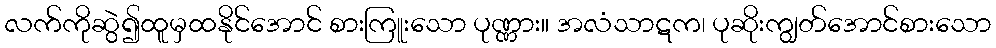
လက်ကိုဆွဲ၍ထူမှထနိုင်အောင် စားကြူးသော ပုဏ္ဏား။ အလံသာဋက၊ ပုဆိုးကျွတ်အောင်စားသော